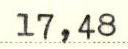
17,48